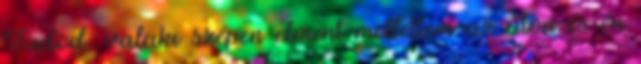
Tudod, valaki szépen elment mellettem az úton és én